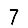
Digit: 7